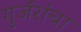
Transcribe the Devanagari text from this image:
गुर्जरांचा